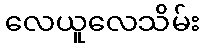
လေယူလေသိမ်း